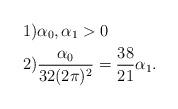
LaTeX: \begin{align*}& 1) \alpha_{0},\alpha_{1}>0\\& 2) \frac{\alpha_{0}}{32(2\pi)^{2}}=\frac{38}{21}\alpha_{1}.\end{align*}